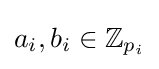
a_{i},b_{i}\in \mathbb {Z} _{p_{i}}